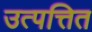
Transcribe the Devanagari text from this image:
उत्पत्तित